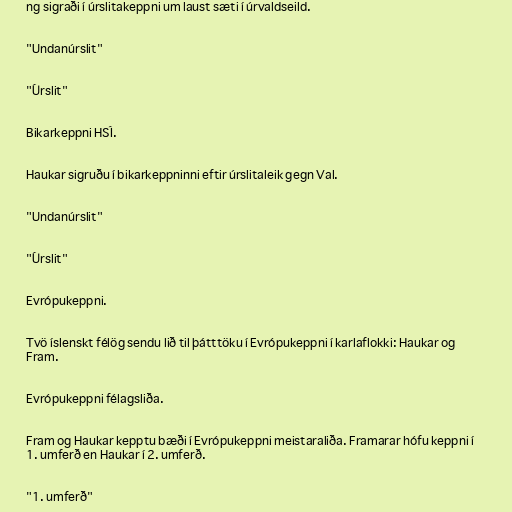
ng sigraði í úrslitakeppni um laust sæti í úrvaldseild.

"Undanúrslit"

"Úrslit"

Bikarkeppni HSÍ.

Haukar sigruðu í bikarkeppninni eftir úrslitaleik gegn Val.

"Undanúrslit"

"Úrslit"

Evrópukeppni.

Tvö íslenskt félög sendu lið til þátttöku í Evrópukeppni í karlaflokki: Haukar og
Fram.

Evrópukeppni félagsliða.

Fram og Haukar kepptu bæði í Evrópukeppni meistaraliða. Framarar hófu keppni í
1. umferð en Haukar í 2. umferð.

"1. umferð"